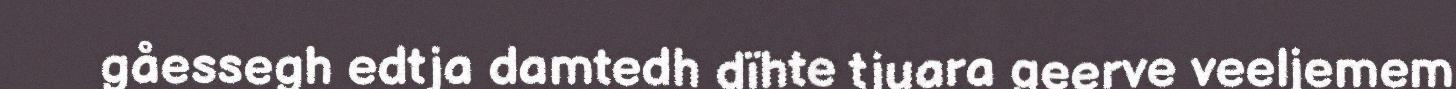
gåessegh edtja damtedh dïhte tjuara geerve veeljemem